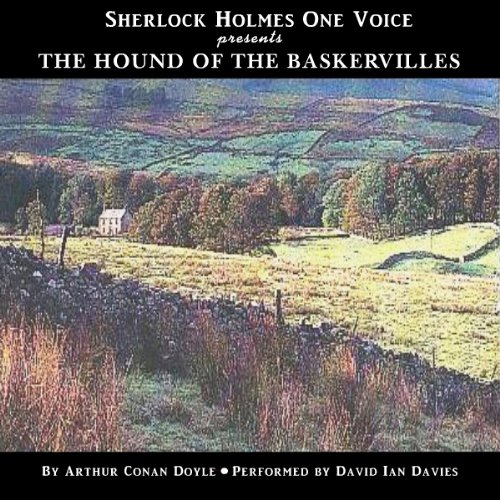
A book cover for The Hound of the Baskervilles; Sir Arthur Conan Doyle; Literature & Fiction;